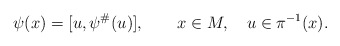
\begin{align*}\psi (x) = [ u, \psi^\# (u) ],\qquad x \in M, \quad u \in \pi^{-1} (x).\end{align*}